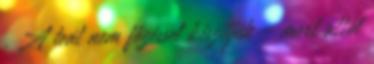
. A teát nem főzéssel készítjük - mert attól